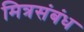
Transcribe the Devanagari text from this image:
मित्रसंबंध